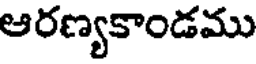
ఆరణ్యకాండము